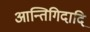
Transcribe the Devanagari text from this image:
आन्तिगिदादि